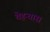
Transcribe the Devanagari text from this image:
चेहऱ्यास